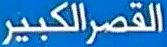
القصر الكبير